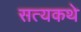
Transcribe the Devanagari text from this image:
सत्यकथे